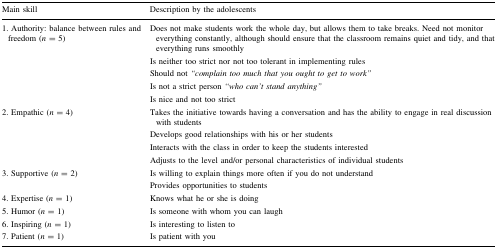
| Main skill | Description by the adolescents |
 | --- | --- |
 | <ROWSPAN=5> 1. Authority: balance between rules and freedom (n = 5) | Does not make students work the whole day, but allows them to take breaks. Need not monitor everything constantly, although should ensure that the classroom remains quiet and tidy, and that everything runs smoothly |
 | Is neither too strict nor not too tolerant in implementing rules |
 | Should not “complain too much that you ought to get to work” |
 | Is not a strict person “who can’t stand anything” |
 | Is nice and not too strict |
 | <ROWSPAN=4> 2. Empathic (n = 4) | Takes the initiative towards having a conversation and has the ability to engage in real discussion with students |
 | Develops good relationships with his or her students |
 | Interacts with the class in order to keep the students interested |
 | Adjusts to the level and/or personal characteristics of individual students |
 | <ROWSPAN=2> 3. Supportive (n = 2) | Is willing to explain things more often if you do not understand |
 | Provides opportunities to students |
 | 4. Expertise (n = 1) | Knows what he or she is doing |
 | 5. Humor (n = 1) | Is someone with whom you can laugh |
 | 6. Inspiring (n = 1) | Is interesting to listen to |
 | 7. Patient (n = 1) | Is patient with you |